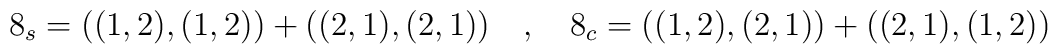
8_s = ((1,2), (1,2)) + ((2,1), (2,1))~~~,~~~8_c = ((1,2),(2,1)) +((2,1),(1,2))